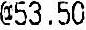
@53.50